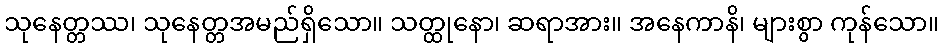
သုနေတ္တဿ၊ သုနေတ္တအမည်ရှိသော။ သတ္ထုနော၊ ဆရာအား။ အနေကာနိ၊ များစွာ ကုန်သော။